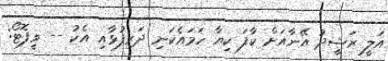
އަލީ ރަޝީދު އޭނާއަށް ކާފަ ކިޔާ ހަމައެކަނި ދަރިފުޅާއި އެކު -- ވީފޮޓޯ: